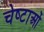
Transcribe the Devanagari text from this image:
चेष्‍टाओं